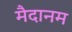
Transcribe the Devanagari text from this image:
मैदानम